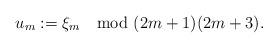
LaTeX: \begin{align*}u_m:=\xi_m \mod (2m+1)(2m+3).\end{align*}